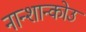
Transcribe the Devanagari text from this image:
नान्शान्कोउ